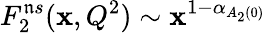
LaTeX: F_{2}^{\mathfrak{n}s}(\mathbf{x},Q^{2})\sim\mathbf{x}^{1-\alpha_{A_{2}(0)}}